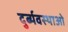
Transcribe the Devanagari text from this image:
दुर्ब्यवस्थाओ